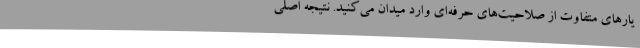
یارهای متفاوت از صلاحیت‌های حرفه‌ای وارد میدان می‌کنید. نتیجه اصلی